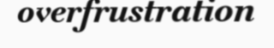
overfrustration